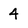
Character: 4